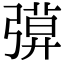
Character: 𢐖